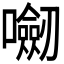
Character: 𭌝